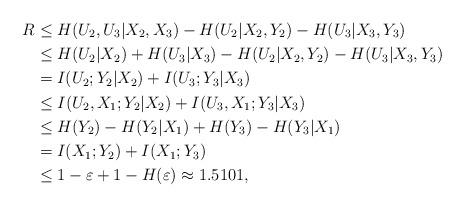
LaTeX: \begin{align*}R&\le H(U_{2},U_3|X_{2},X_3)-H(U_2|X_2,Y_2)-H(U_3|X_3,Y_3)\\&\le H(U_2|X_2)+H(U_3|X_3)-H(U_2|X_2,Y_2)-H(U_3|X_3,Y_3)\\&=I(U_2;Y_2|X_2)+I(U_3;Y_3|X_3)\\&\le I(U_2,X_1;Y_2|X_2)+I(U_3,X_1;Y_3|X_3)\\&\le H(Y_2)-H(Y_2|X_1)+H(Y_3)-H(Y_3|X_1)\\&=I(X_1;Y_2)+I(X_1;Y_3)\\&\le 1-\varepsilon+1-H(\varepsilon)\approx 1.5101,\end{align*}